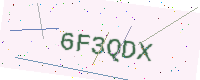
Text: 6F3QDX